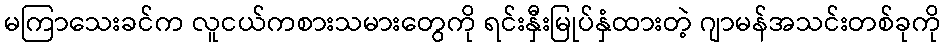
မကြာသေးခင်က လူငယ်ကစားသမားတွေကို ရင်းနှီးမြုပ်နှံထားတဲ့ ဂျာမန်အသင်းတစ်ခုကို